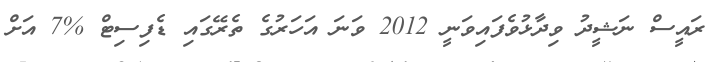
ރައީސް ނަޝީދު ވިދާޅުވެފައިވަނީ 2012 ވަނަ އަހަރުގެ ތެރޭގައި ޑެފިސިޓް %7 އަށް